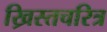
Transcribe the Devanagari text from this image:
ख्रिस्तचरित्र